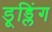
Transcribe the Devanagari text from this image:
डूड्लिंग